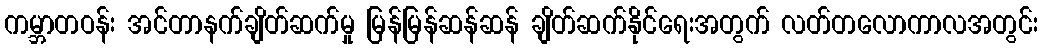
ကမ္ဘာတဝန်း အင်တာနက်ချိတ်ဆက်မှု မြန်မြန်ဆန်ဆန် ချိတ်ဆက်နိုင်ရေးအတွက် လတ်တလောကာလအတွင်း